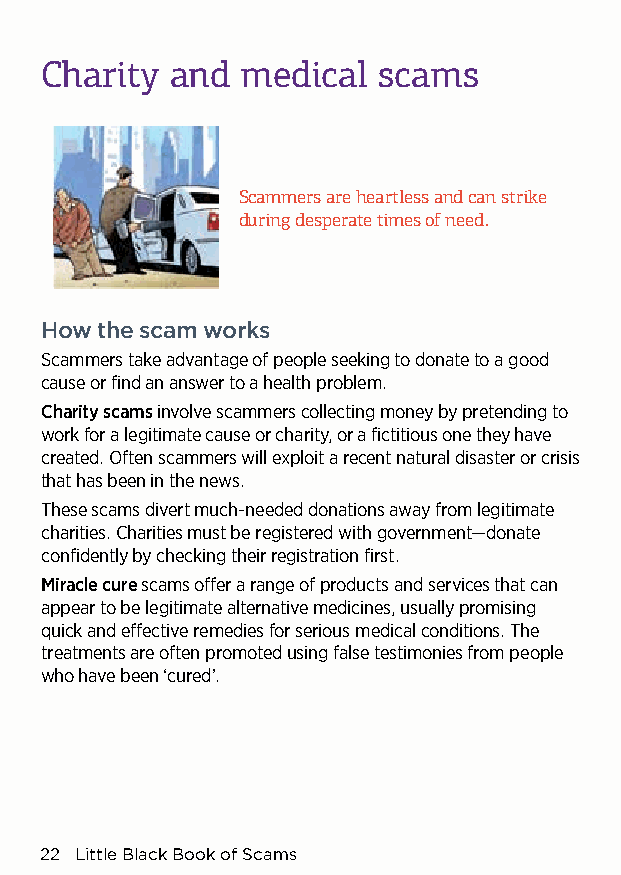
Charity and  medical  scams
 Scammers are heartless and can strike
 during desperate times of need.
 How the scam works
 Scammers take advantage of people seeking to donate to a good
 cause or find an answer to a health problem.
 Charity scams involve scammers collecting money by pretending to
 work for a legitimate cause or charity, or a fictitious one they have
 created. Often scammers will exploit a recent natural disaster or crisis
 that has been in the news.
 These scams divert much-needed donations away from legitimate
 charities. Charities must be registered with government—donate
 confidently by checking their registration first.
 Miracle cure scams offer a range of products and services that can
 appear to be legitimate alternative medicines, usually promising
 quick and effective remedies for serious medical conditions. The
 treatments are often promoted using false testimonies from people
 who have been ‘cured’.
 22 Little Black Book of Scams